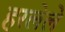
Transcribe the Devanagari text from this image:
हरलेले